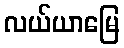
လယ်ယာမြေ